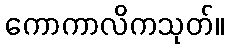
ကောကာလိကသုတ်။